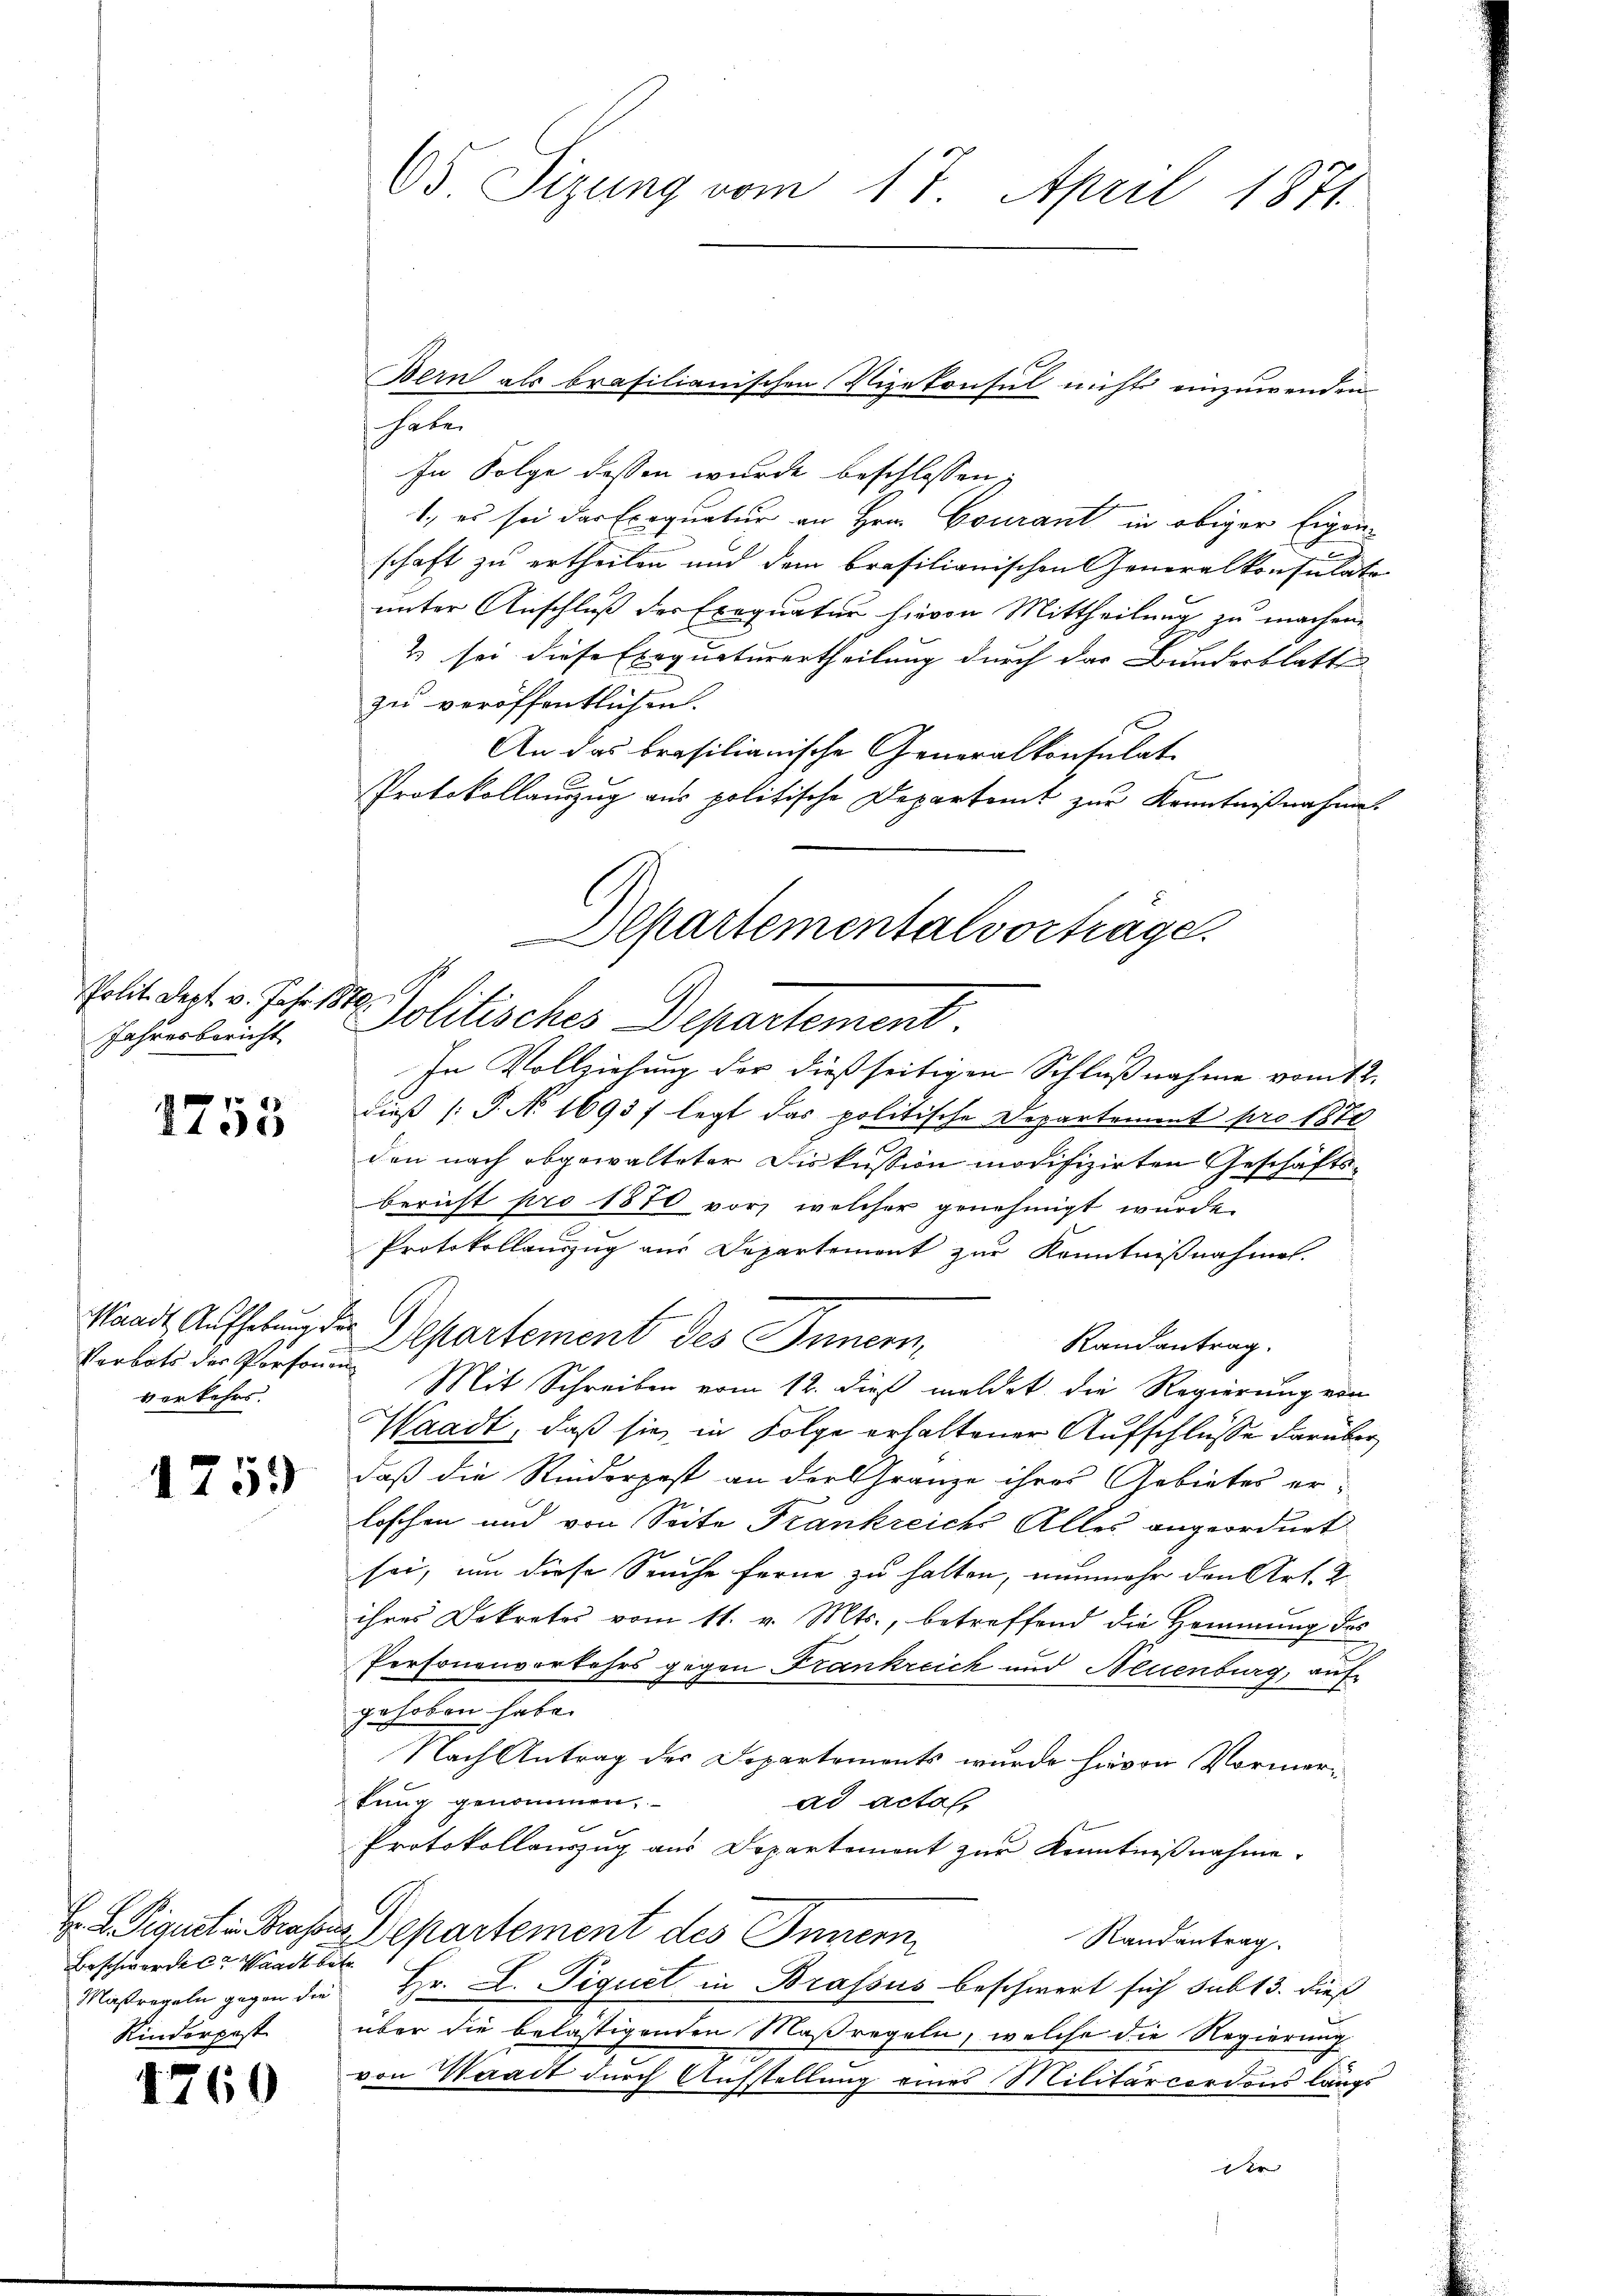
Polit. Sept. v. Jahr 1879
Jahresbericht

1753

Verbots der Personnen
verkehrs.

1759

Hr. B. Piquat in Grafen
Beschwerden Waadt betr.
Maßregeln gegen die
Kinderpost

1760

65 Sizung vom 17. April 1871.

I
In Folge dessen wurde beschlossen:
1., es sei das Exequatur an Hrn. Courant in obiger Eigenschaft zu ertheilen und dem brasilianischen Generalkonsulate
unter Anschluß der Exequatur hievon Mittheilung zu machen.
2 sei diese Exequaturertheilung durch das Bundesblatte
zu veröffentlichen.
An das brasilianische Generalkonsulat
Protokollauszug aus politische Departamt zur Kenntnißnahme
In Vollziehung der dießseitigen Schlußnahme vom 12.
dieß P. No 1693 f legt das politische Departement pro 1872
den nach abgewalteter Fiskussion modifizirten Geschäftsbericht pro 1870 vor, welcher genehmigt wurde
Protokollauszug aus Departemont zur Kenntnißnahmel.
Stand Aufhebung der Departement des Innern,
Randantrag.
Mit Schreiben vom 12. dieß meldet die Regierung ein
Waadt, daß sie in Folge erhaltener Aufschlüsse darüber
daß die Rinderpost an der Gränze ihres Gebietes er-
loschen und von Seite Frankreichs Alles angeordnet
sei, um diese Seuche ferne zu halten, nunmehr den Art. 2.
ihres Dekretes vom 11. v. Mts., betreffend die Hemmung des
Personenverkehrs gegen Frankreich und Neuenburg, auf
gehoben habe.
Nach Antrag des Departements wurde hievon Vormertung genommen,
ad acta,
Protokollauszug aus Departement zur Kenntnißnahme
Departement des Inner
Randantrag
Hr. L. Piquet in Brassus beschwert sich sub 13. dieß
über die belästigenden Maßregeln, welche die Regierung
von Waadt durch Aufstellung eines Militärcordons langs
Dir

Bern als brasilianischen Vizekonsul nichts einzuwenden

Departementalvortrage.
Politisches Departement.